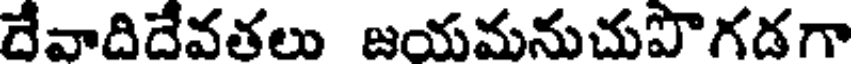
దేవాదిదేవతలు జయమనుచుపొగడగా